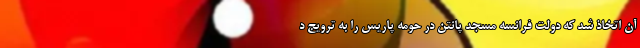
آن اتخاذ شد که دولت فرانسه مسجد پانتن در حومه پاریس را به ترویج د